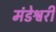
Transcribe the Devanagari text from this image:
मंडेश्वरी